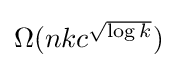
{\textstyle \Omega (nkc^{\sqrt {\log k}})}